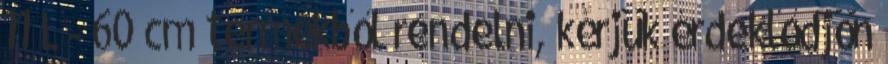
11 L - 60 cm termékből rendelni, kérjük érdeklődjön